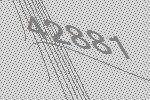
42881